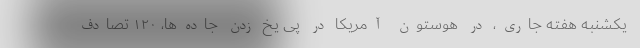
یکشنبه هفته جاری، در هوستون آمریکا در پی یخ‌ زدن جاده‌ها، ۱۲۰ تصادف